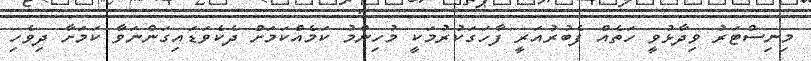
މިނިސްޓަރު ވިދާޅުވީ ހަތެއް ފެބުރުއަރީ ފާހަގަކުރުމަކީ މުހިންމު ކަމެއްކަމަށް ދެކެވަޑައިގަންނަވާ ކަމަށާ ދިވެހި